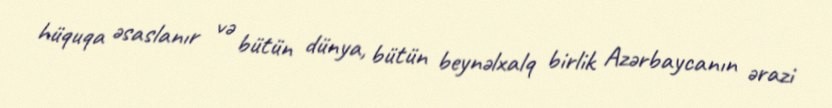
hüquqa əsaslanır və bütün dünya, bütün beynəlxalq birlik Azərbaycanın ərazi